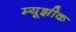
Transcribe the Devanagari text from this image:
म्यूझीक